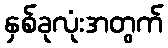
နှစ်ခုလုံးအတွက်